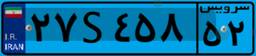
۲۷S۴۵۸۵۲